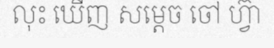
លុះ ឃើញ សម្តេច ចៅ ហ្វ៊ា